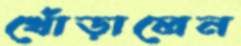
খোঁড়ালেন